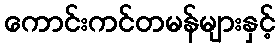
ကောင်းကင်တမန်များနှင့်